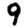
Digit: 9